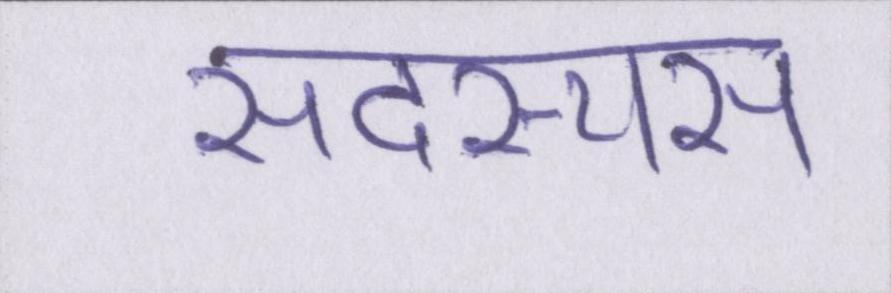
सदस्यस